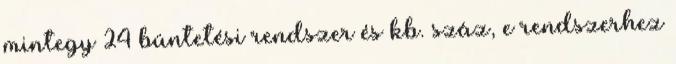
mintegy 24 büntetési rendszer és kb. száz, e rendszerhez